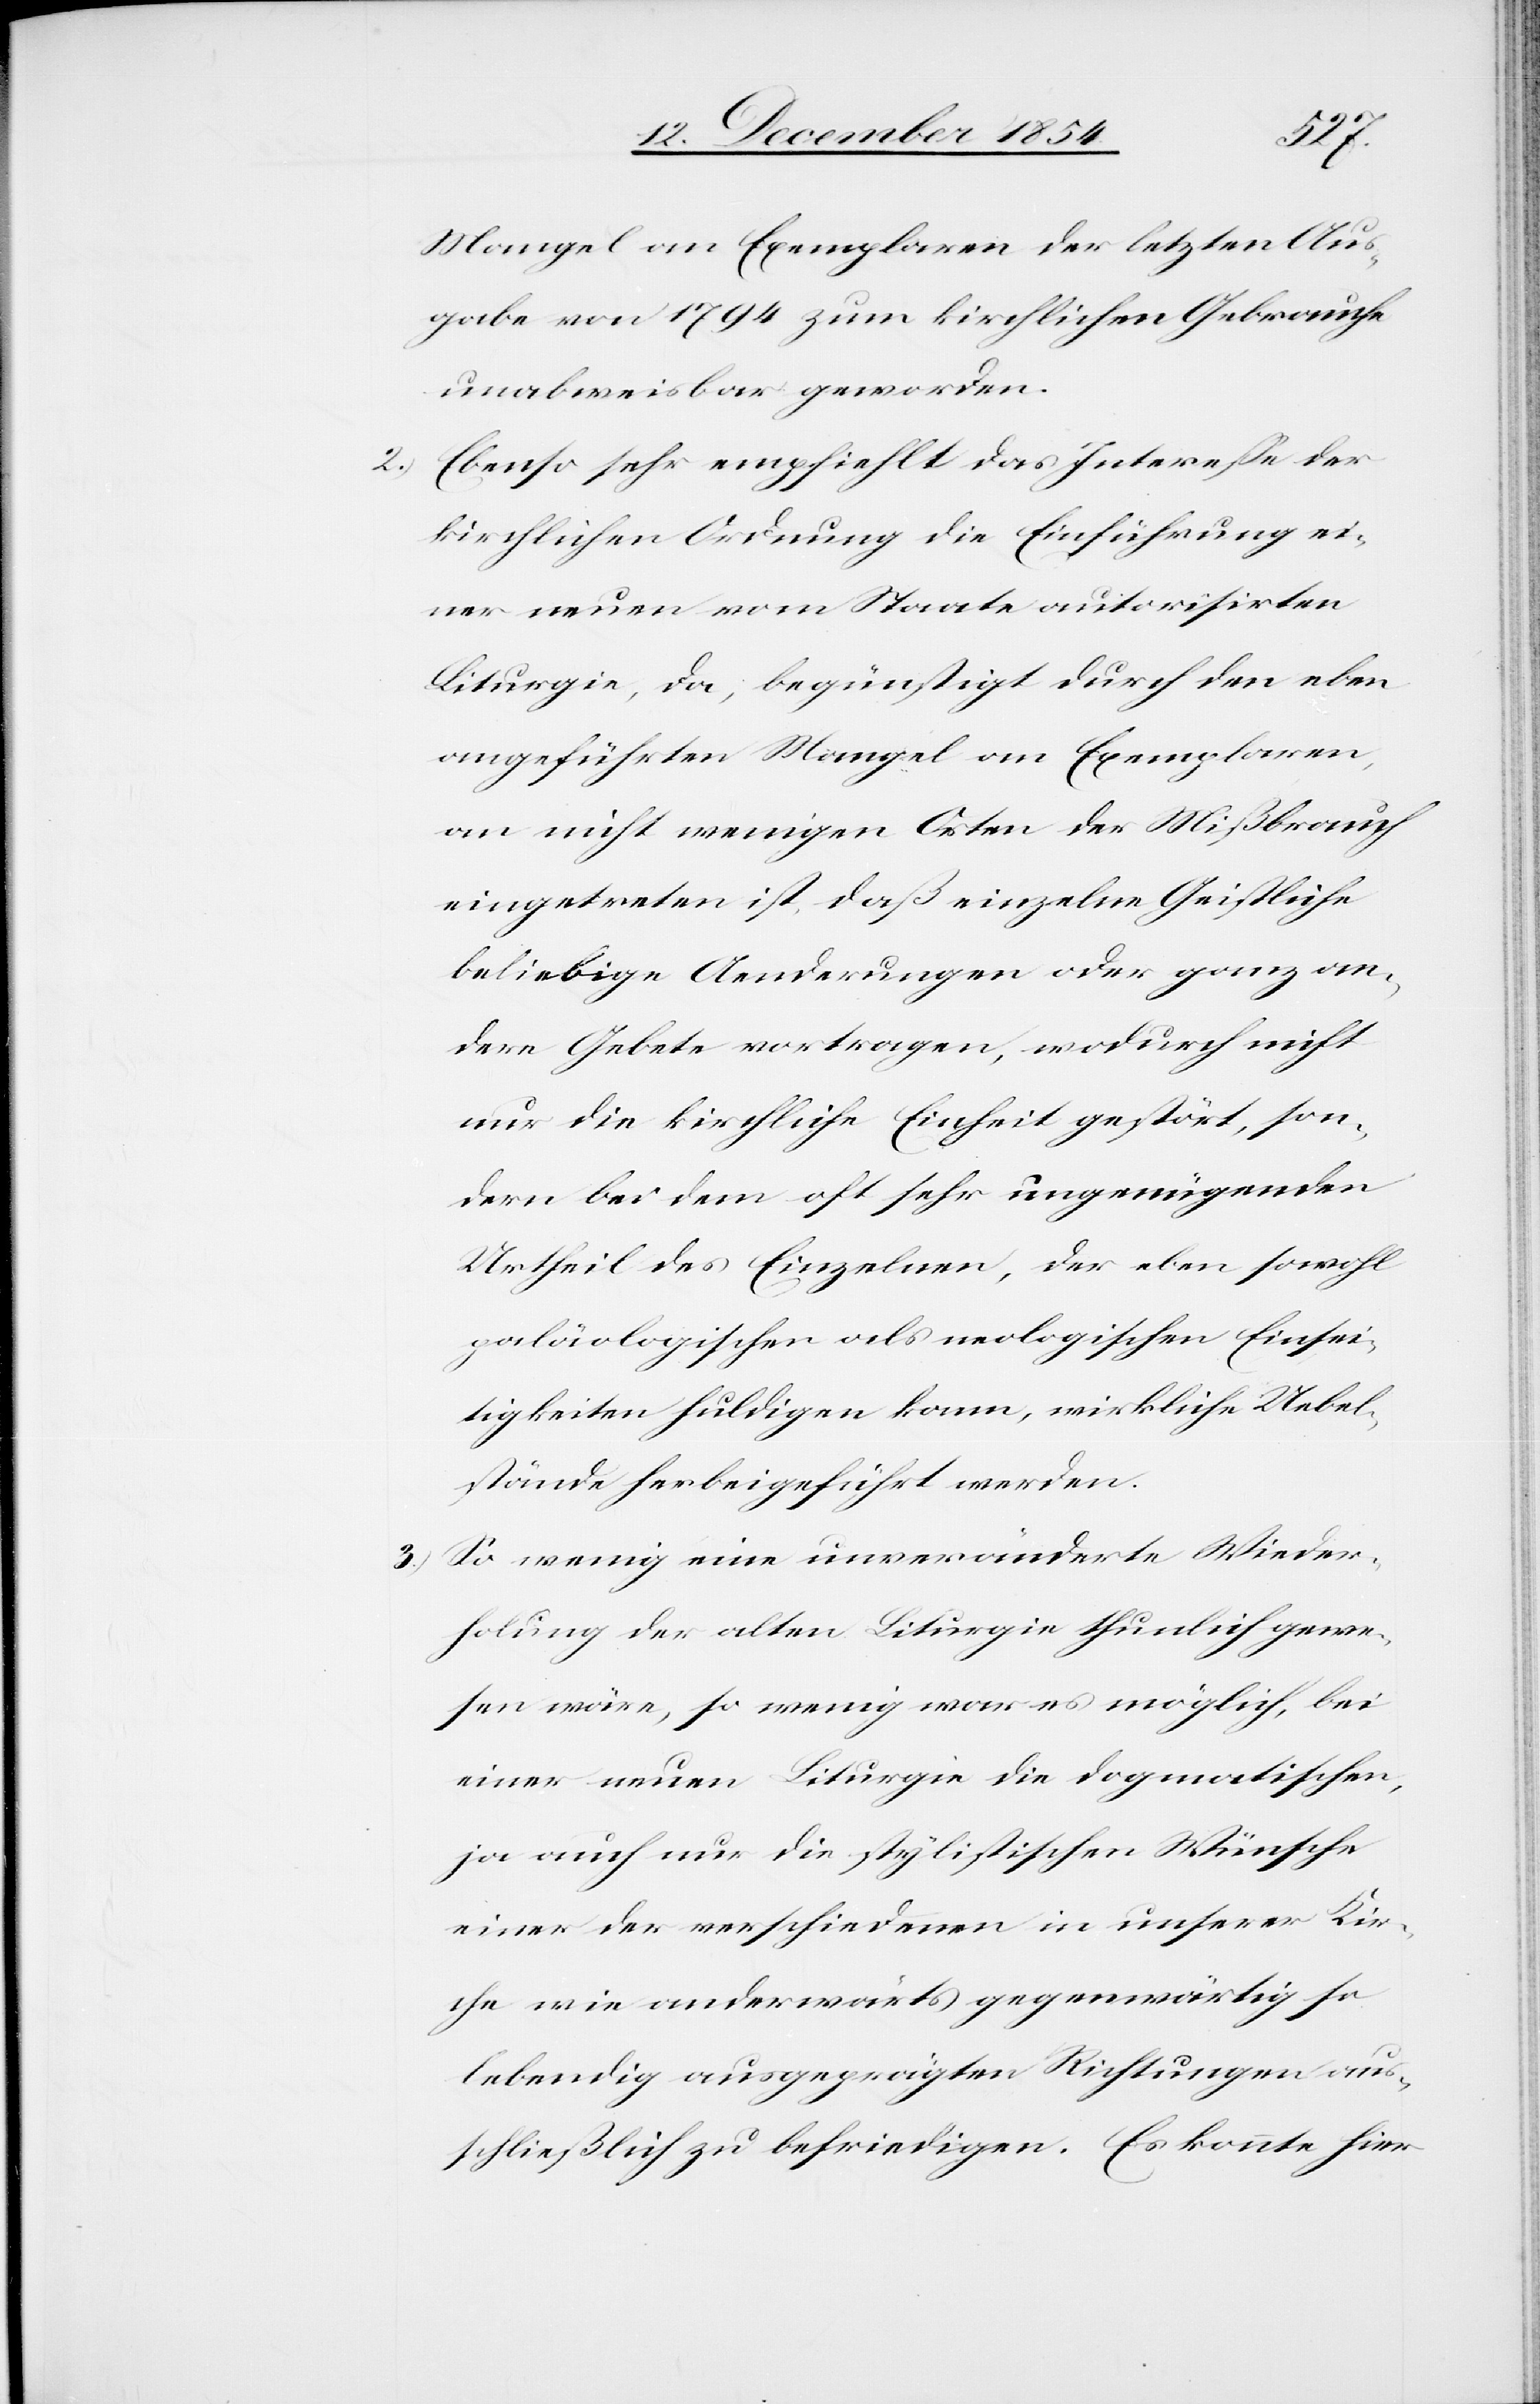
Mangel an Exemplaren der letzten Aus¬
gabe von 1794 zum kirchlichen Gebrauche
unabweisbar geworden.
2.) Ebenso sehr empfiehlt das Intereße der
kirchlichen Ordnung die Einführung ei¬
ner neuen vom Staate autorisirten
Liturgie, da, begünstigt durch den eben
angeführten Mangel an Exemplaren,
an nicht wenigen Orten der Mißbrauch
eingetreten ist, daß einzelne Geistliche
beliebige Aenderungen oder ganz an¬
dere Gebete vortragen, wodurch nicht
nur die kirchliche Einheit gestört, son¬
dern bei dem oft sehr ungenügenden
Urtheil des Einzelnen, der eben sowohl
paläologischen als neologischen Einsei¬
tigkeiten huldigen kann, wirkliche Uebel¬
stände herbeigeführt werden.
3.) So wenig eine unveränderte Wieder¬
holung der alten Liturgie thunlich gewe¬
sen wäre, so wenig war es möglich, bei
einer neuen Liturgie die dogmatischen,
ja auch nur die stylistischen Wünsche
einer der verschiedenen in unserer Kir¬
che wie anderwärts gegenwärtig so
lebendig ausgeprägten Richtungen aus¬
schließlich zu befriedigen. Es konnte hier